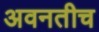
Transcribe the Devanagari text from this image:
अवनतीच